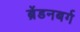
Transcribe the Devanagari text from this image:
ब्रेंडनबर्ग